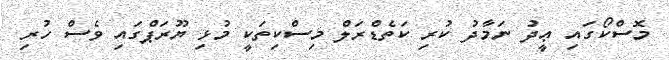
މޮސްކޯގައި ޢީދު ނަމާދު ކުރި ކަތެޑްރަލް މިސްކިތަކީ މުޅި ޔޫރަޕްގައި ވެސް ހުރި